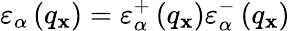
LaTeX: {{\varepsilon}_{\alpha}}\left({{q}_{\mathbf{x}}}\right)=\varepsilon_{\alpha}^{+}\left({{q}_{\mathbf{x}}}\right)\varepsilon_{\alpha}^{-}\left({{q}_{\mathbf{x}}}\right)